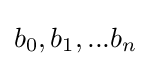
b_{0},b_{1},...b_{n}